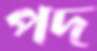
পদ